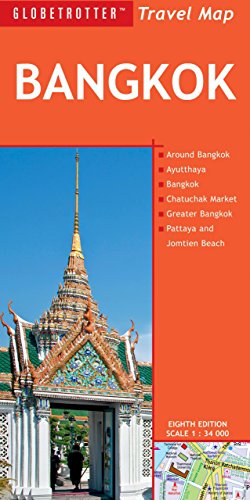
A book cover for Bangkok Travel Map (Globetrotter Travel Map); Globetrotter; Travel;